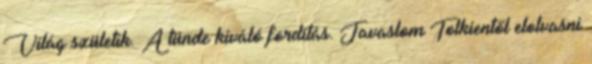
Világ születik. A tünde kiváló fordítás. Javaslom Tolkientől elolvasni